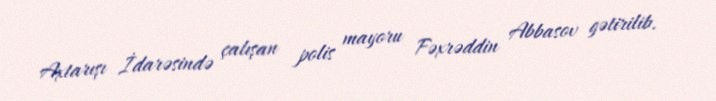
Axtarışı İdarəsində çalışan polis mayoru Fəxrəddin Abbasov gətirilib.